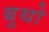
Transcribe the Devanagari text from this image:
बुथो